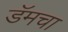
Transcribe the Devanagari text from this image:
डॅमचा